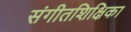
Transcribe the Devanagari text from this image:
संगीतशिक्षिका